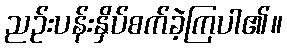
ညဉ်းပန်းနှိပ်စက်ခဲ့ကြပါ၏။